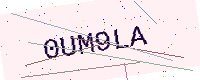
Text: 0UM9LA